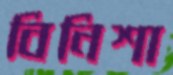
বিনিশা